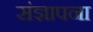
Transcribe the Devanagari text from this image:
संज्ञापना